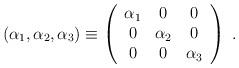
LaTeX: \begin{align*}(\alpha_1, \alpha_2, \alpha_3) \equiv \left(\begin{array}{ccc} \alpha_1 & 0 & 0 \\ 0 & \alpha_2 & 0 \\ 0 & 0 & \alpha_3 \\ \end{array} \right)~.~\,\end{align*}